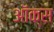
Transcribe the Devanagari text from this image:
ऑक्‍स